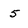
Character: 5